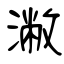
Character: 潎